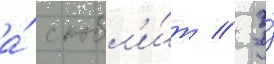
а́ скобл'и́т // У́